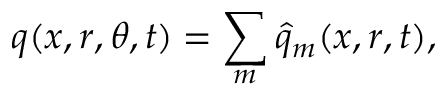
q ( x , r , \theta , t ) = \sum _ { m } \hat { q } _ { m } ( x , r , t ) ,